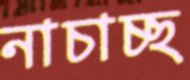
নাচাচ্ছ